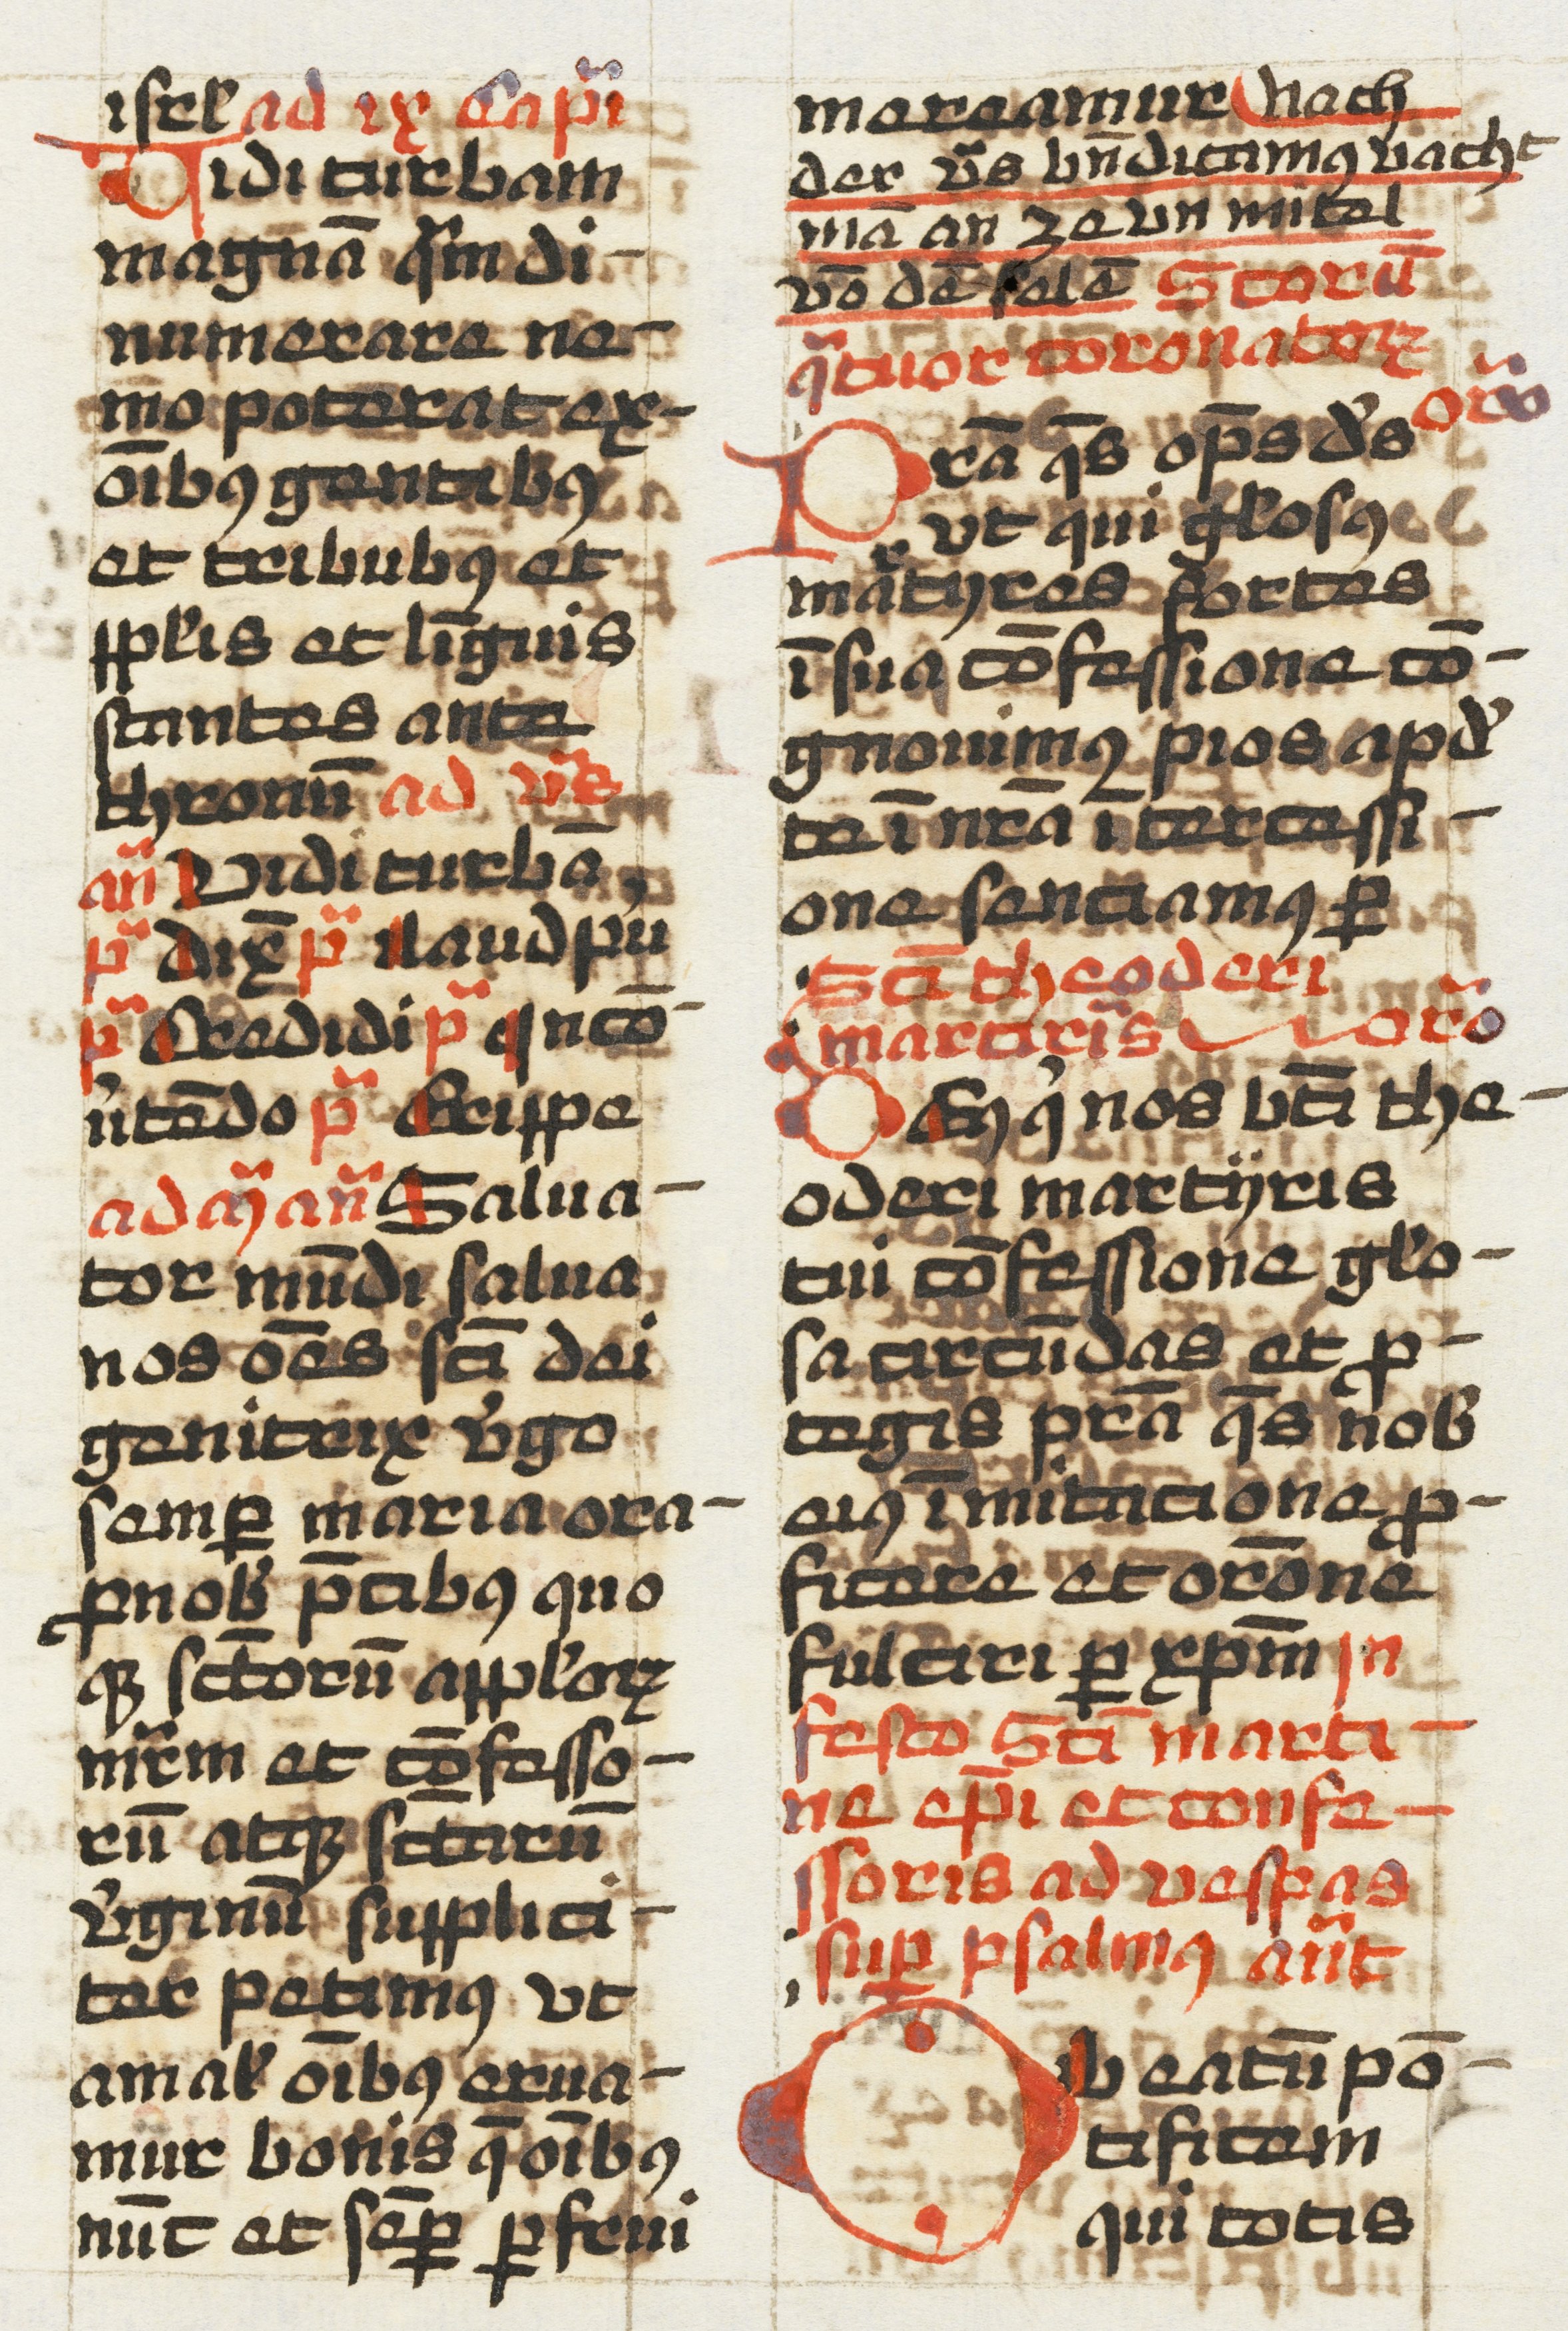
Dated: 1457–1498